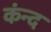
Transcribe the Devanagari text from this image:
कंन्द